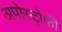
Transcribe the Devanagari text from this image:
अपोस्ट्रोफी